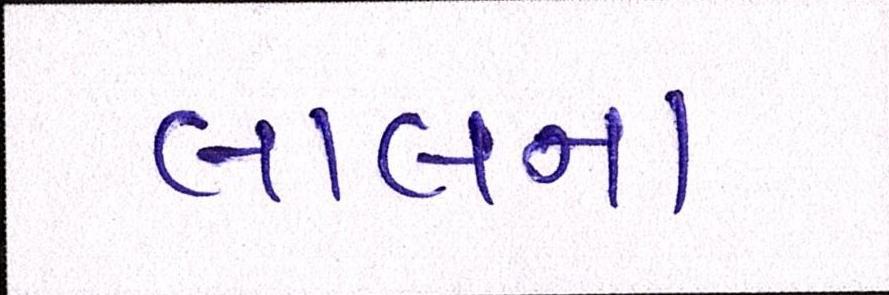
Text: લાલના